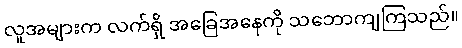
လူအများက လက်ရှိ အခြေအနေကို သဘောကျကြသည်။